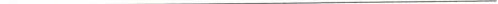
___